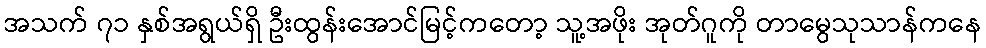
အသက် ၇၁ နှစ်အရွယ်ရှိ ဦးထွန်းအောင်မြင့်ကတော့ သူ့အဖိုး အုတ်ဂူကို တာမွေသုသာန်ကနေ